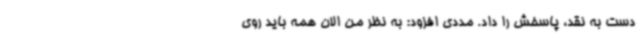
دست به نقد، پاسخش را داد. مددی افزود: به نظر من الان همه باید روی